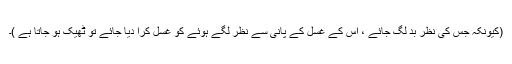
(کیونکہ جس کی نظر بد لگ جائے ، اس کے غسل کے پانی سے نظر لگے ہوئے کو غسل کرا دیا جائے تو ٹھیک ہو جاتا ہے )۔